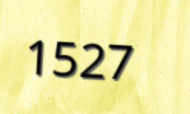
1527